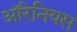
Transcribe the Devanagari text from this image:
ऑरेनियस